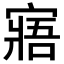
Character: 寤